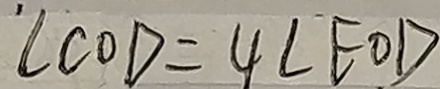
\angle C O D = 4 \angle E O D